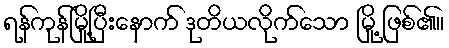
ရန်ကုန်မြို့ပြီးနောက် ဒုတိယလိုက်သော မြို့ ဖြစ်၏။